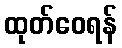
ထုတ်ဝေရန်